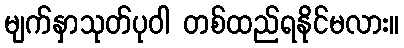
မျက်နှာသုတ်ပုဝါ တစ်ထည်ရနိုင်မလား။